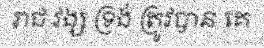
រាជ វង្ស ទ្រង់ ត្រូវបាន គេ